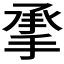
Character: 𰔄